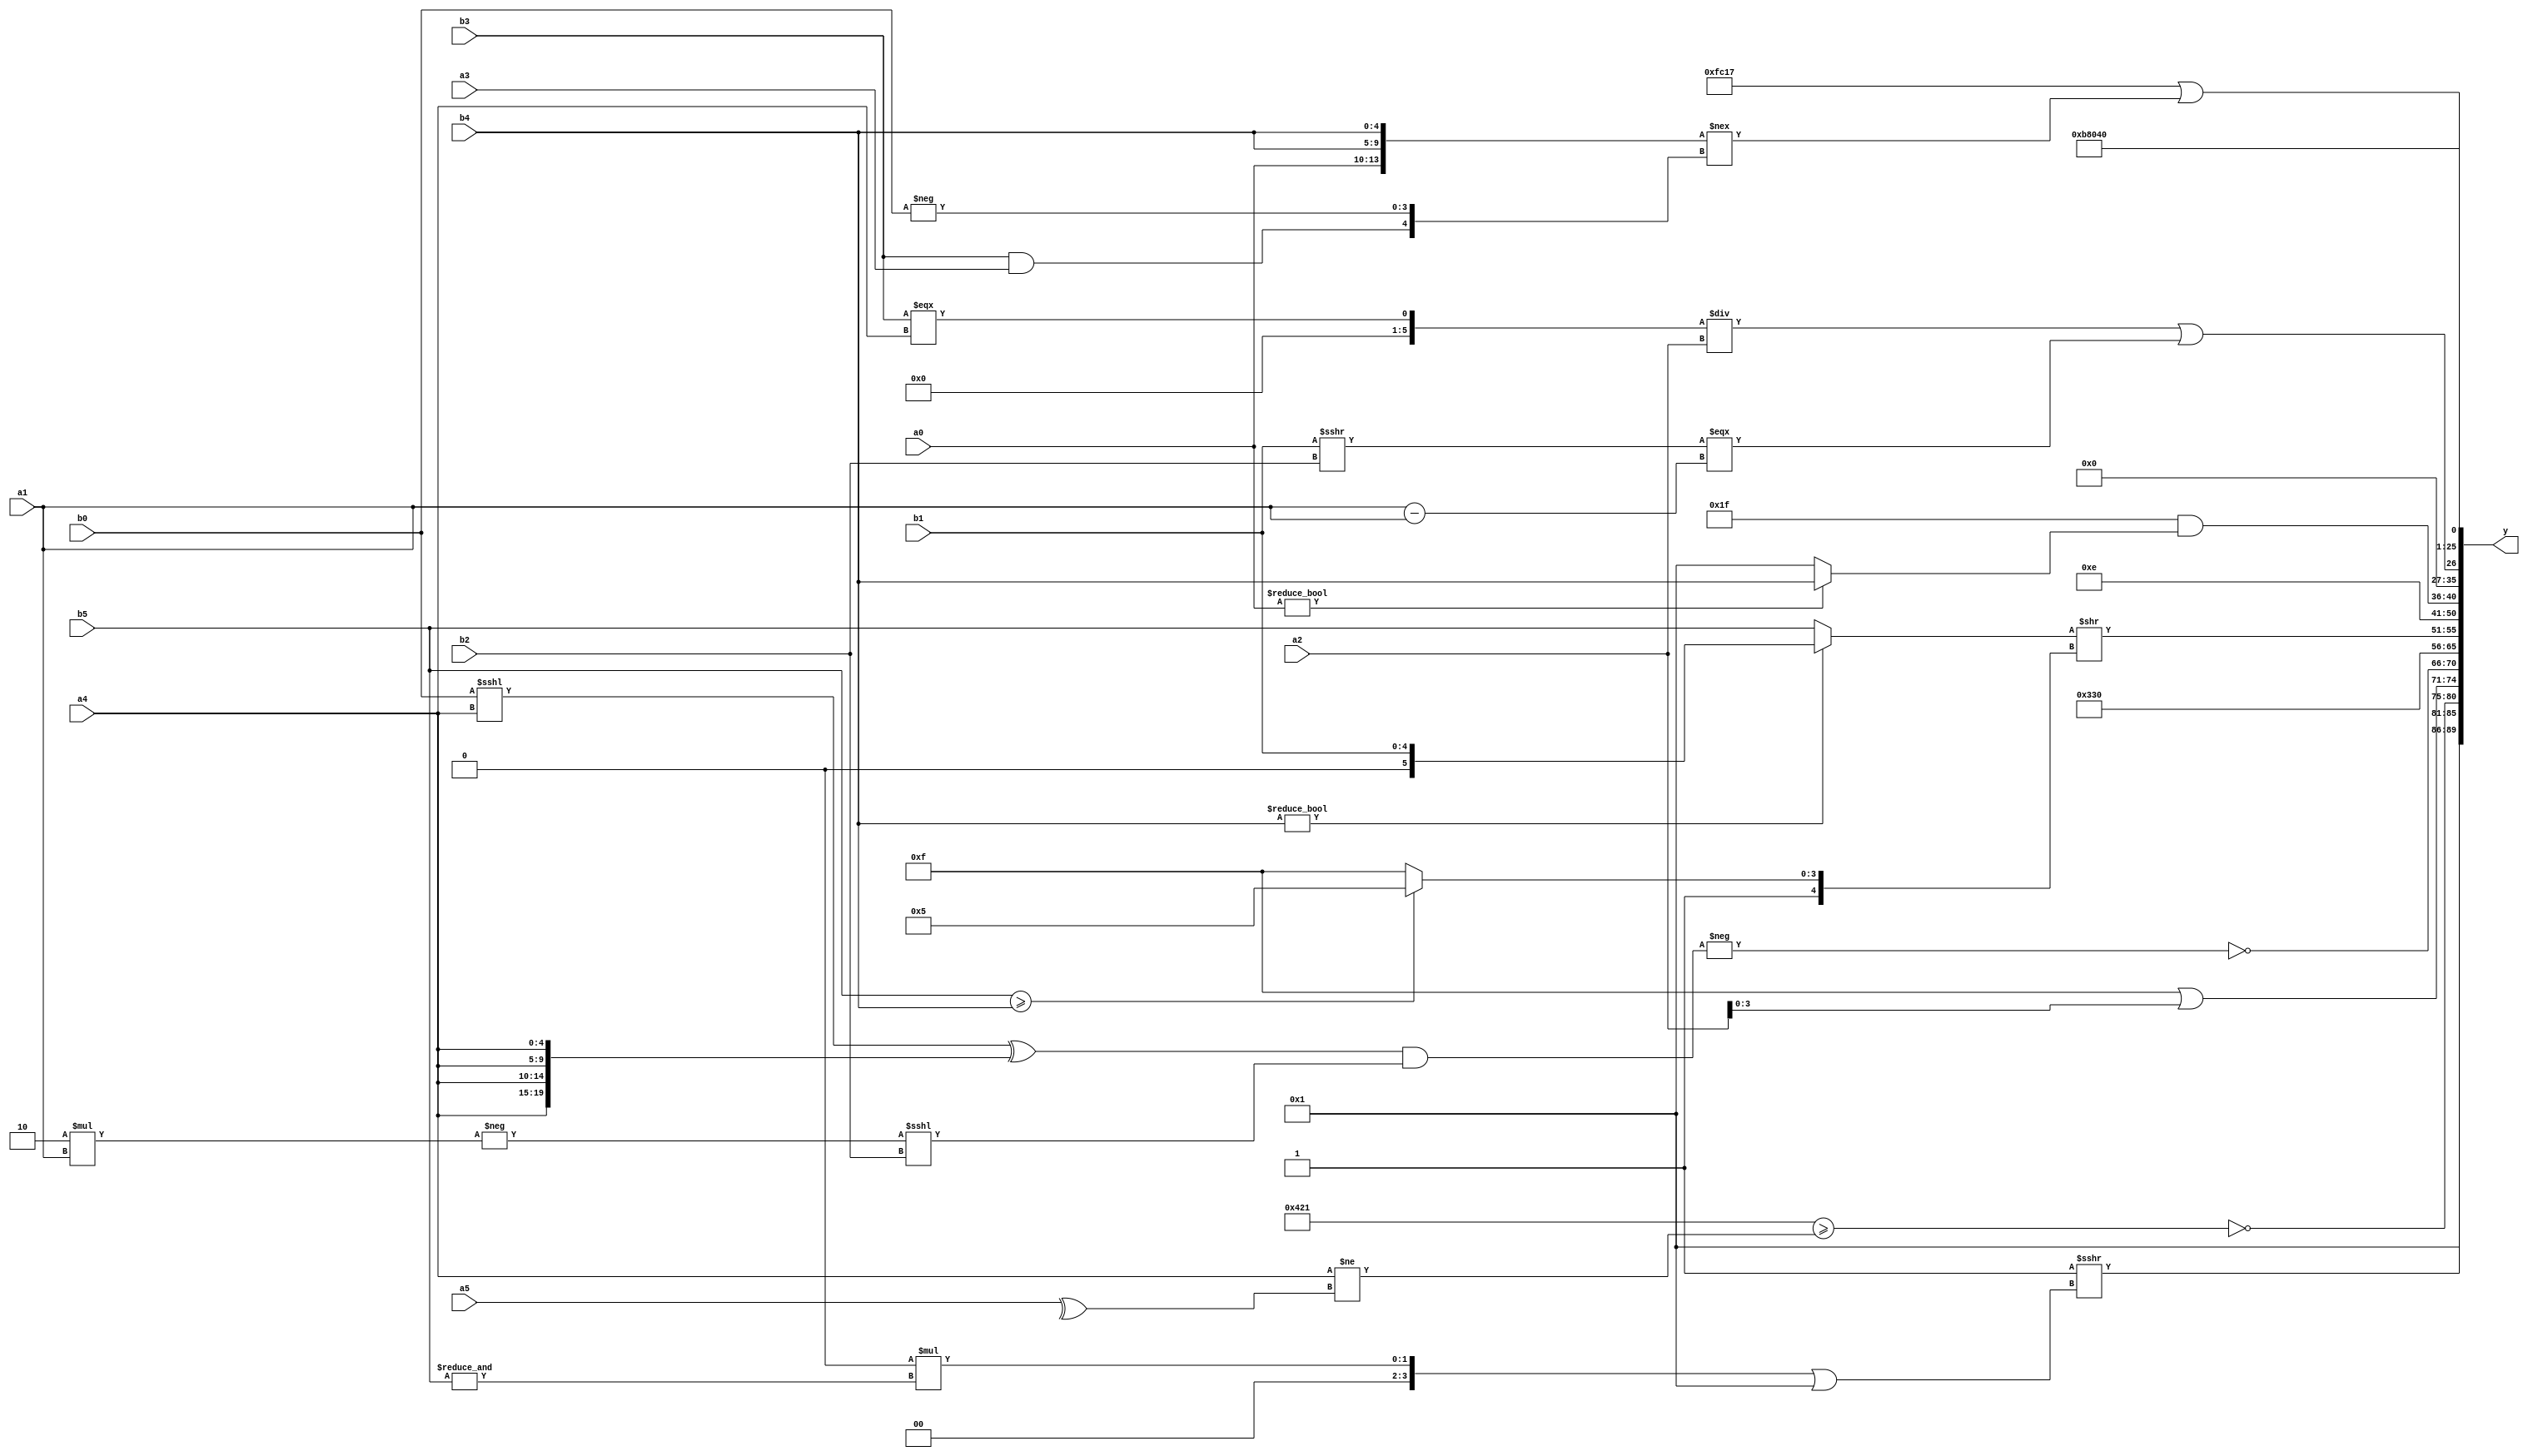
module expression_00277(a0, a1, a2, a3, a4, a5, b0, b1, b2, b3, b4, b5, y);
  input [3:0] a0;
  input [4:0] a1;
  input [5:0] a2;
  input signed [3:0] a3;
  input signed [4:0] a4;
  input signed [5:0] a5;

  input [3:0] b0;
  input [4:0] b1;
  input [5:0] b2;
  input signed [3:0] b3;
  input signed [4:0] b4;
  input signed [5:0] b5;

  wire [3:0] y0;
  wire [4:0] y1;
  wire [5:0] y2;
  wire signed [3:0] y3;
  wire signed [4:0] y4;
  wire signed [5:0] y5;
  wire [3:0] y6;
  wire [4:0] y7;
  wire [5:0] y8;
  wire signed [3:0] y9;
  wire signed [4:0] y10;
  wire signed [5:0] y11;
  wire [3:0] y12;
  wire [4:0] y13;
  wire [5:0] y14;
  wire signed [3:0] y15;
  wire signed [4:0] y16;
  wire signed [5:0] y17;

  output [89:0] y;
  assign y = {y0,y1,y2,y3,y4,y5,y6,y7,y8,y9,y10,y11,y12,y13,y14,y15,y16,y17};

  localparam [3:0] p0 = {(~|(2'd0)),((4'd8)===(4'd15))};
  localparam [4:0] p1 = (^(~&(^((5'd27)*(5'd28)))));
  localparam [5:0] p2 = {3{(~|{1{(3'sd2)}})}};
  localparam signed [3:0] p3 = (~|(4'd7));
  localparam signed [4:0] p4 = (~(!(2'd1)));
  localparam signed [5:0] p5 = (5'd18);
  localparam [3:0] p6 = {(((3'd0)|(3'd6))^~{1{(5'd17)}}),{4{(3'd1)}},(((4'd14)|(5'd18))|{(2'd1)})};
  localparam [4:0] p7 = ({4{(-3'sd3)}}<=(-2'sd1));
  localparam [5:0] p8 = ((((3'd6)?(2'sd0):(3'd2))!=(^(3'd4)))<<<(((-4'sd3)<=(4'd13))<(~(4'sd4))));
  localparam signed [3:0] p9 = {4{(~(5'd14))}};
  localparam signed [4:0] p10 = ((((2'd0)==(-2'sd1))<<<((3'd7)%(5'd26)))<<<(((-3'sd3)===(-2'sd1))*((5'sd9)<=(5'd21))));
  localparam signed [5:0] p11 = ({4{(2'd1)}}|{4{(5'd6)}});
  localparam [3:0] p12 = {3{(~|{3{(3'd1)}})}};
  localparam [4:0] p13 = (5'd11);
  localparam [5:0] p14 = ((2'd3)&&(+(-((-4'sd1)|(-5'sd3)))));
  localparam signed [3:0] p15 = (&{4{{2{(2'd2)}}}});
  localparam signed [4:0] p16 = (((2'd1)^(-2'sd0))&(-((2'sd1)===(5'd17))));
  localparam signed [5:0] p17 = (((3'd6)?(2'd1):(3'd6))-{4{(3'd7)}});

  assign y0 = (((3'd4)&&(~(p8==p16)))>>>(((-4'sd0)*(&b5))||(+(p13&p1))));
  assign y1 = (($signed({2{p4}})&({(~&p1)}))<{{(p13?p3:p16),(-$signed(p11)),{p5,p10,p5}}});
  assign y2 = (~({1{{3{p7}}}}>=((a4<<<p3)!=(^a5))));
  assign y3 = (p4|a2);
  assign y4 = (~(-(((b0<<<a4)^{4{a4}})&&((-(4'd2 * a1))<<<{1{(b2)}}))));
  assign y5 = (-5'sd13);
  assign y6 = (^$unsigned(((~&$unsigned($signed((~&(~&p0)))))|(4'sd5))));
  assign y7 = (((-3'sd3)?(b4?b1:b5):(a4?a0:a5))>>((b5>=b4)?(-5'sd11):(-3'sd1)));
  assign y8 = (p11?p10:p0);
  assign y9 = $signed((-({{p6,p15}}^(p4?p5:p14))));
  assign y10 = {({a4,p13,p2}-{4{p9}}),({3{p4}}&(a0?b4:p1))};
  assign y11 = ({(+(+{{p9},{3{p6}}}))}?(~^(|(5'd8))):{2{{4{p11}}}});
  assign y12 = (((b3===a4)/a2)||((b1>>>b2)===(a1-a1)));
  assign y13 = (5'd2 * (p7>>p8));
  assign y14 = {{(p16==b0),(b1!==a4),(~|p7)},{(5'd2 * b1),{1{p11}},(~^p13)}};
  assign y15 = ((a0<<p15)?(b1>>p11):(p15<<p14));
  assign y16 = {3{(p17?p0:p11)}};
  assign y17 = ({((p11||p0)||{p2}),{p4,p12,p11}}||({a0,b4,b4}!=={(b3&&a3),(-b0)}));
endmodule